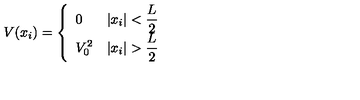
V ( x _ { i } ) = \left\{ \begin{array} { l l } { 0 } & { | x _ { i } | < { \displaystyle { \frac { L } { 2 } } } } \\ { V _ { 0 } ^ { 2 } } & { | x _ { i } | > { \displaystyle { \frac { L } { 2 } } } } \\ \end{array} \right.